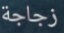
زجاجة